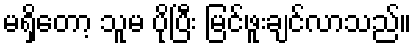
မရှိတော့ သူမ ပိုပြီး မြင်ဖူးချင်လာသည်။